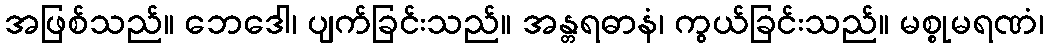
အဖြစ်သည်။ ဘေဒေါ၊ ပျက်ခြင်းသည်။ အန္တရဓာနံ၊ ကွယ်ခြင်းသည်။ မစ္စုမရဏံ၊